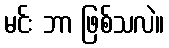
မင်း ဘာ ဖြစ်သလဲ။